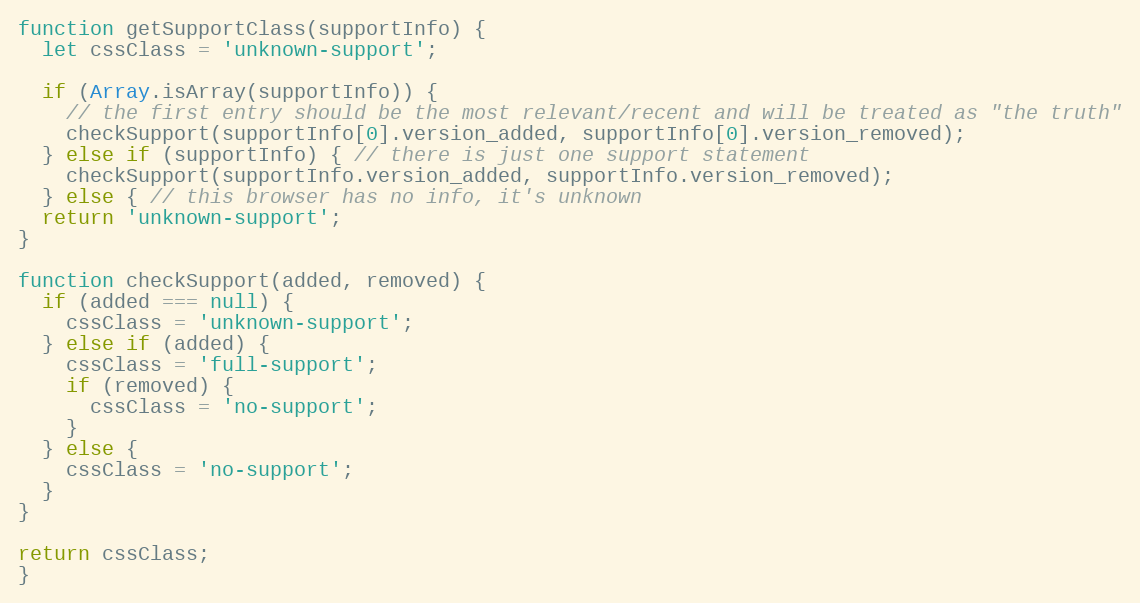
Language: JavaScript
function getSupportClass(supportInfo) {
  let cssClass = 'unknown-support';

  if (Array.isArray(supportInfo)) {
    // the first entry should be the most relevant/recent and will be treated as "the truth"
    checkSupport(supportInfo[0].version_added, supportInfo[0].version_removed);
  } else if (supportInfo) { // there is just one support statement
    checkSupport(supportInfo.version_added, supportInfo.version_removed);
  } else { // this browser has no info, it's unknown
  return 'unknown-support';
}

function checkSupport(added, removed) {
  if (added === null) {
    cssClass = 'unknown-support';
  } else if (added) {
    cssClass = 'full-support';
    if (removed) {
      cssClass = 'no-support';
    }
  } else {
    cssClass = 'no-support';
  }
}

return cssClass;
}